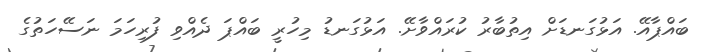
ބައްޕާއޭ. އަޅުގަނޑަށް އިތުބާރު ކުރައްވާށޭ. އަޅުގަނޑު މިހުރީ ބައްޕަ ދެއްވި ފުރިހަމަ ނަސޭހަތުގެ